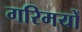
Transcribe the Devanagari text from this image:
गरिमयों